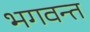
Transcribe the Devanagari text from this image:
भगवन्‍त